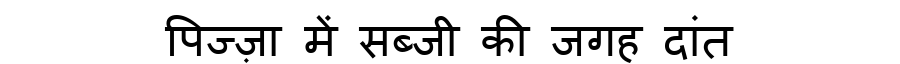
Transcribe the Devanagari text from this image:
पिज्ज़ा में सब्जी की जगह दांत